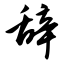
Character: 辞